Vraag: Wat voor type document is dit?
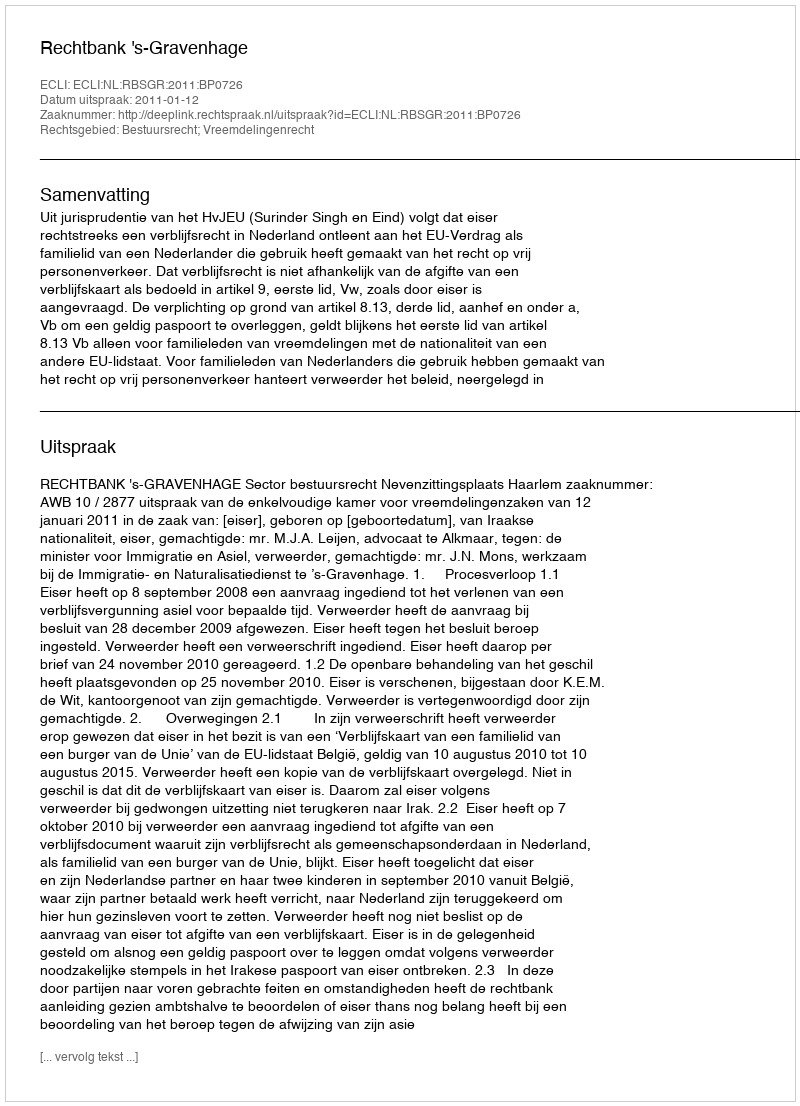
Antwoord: Uitspraak